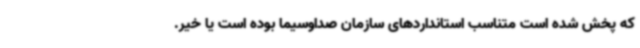
که پخش شده است متناسب استانداردهای سازمان صداوسیما بوده است یا خیر.